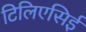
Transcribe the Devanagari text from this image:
टिलिएसिई